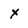
Character: x